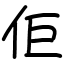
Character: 佢